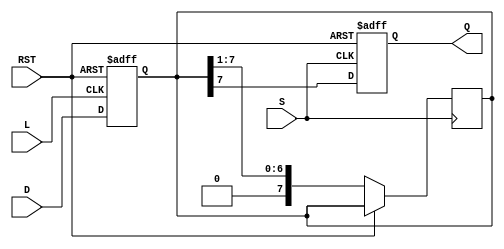
module PISO_Register #(
    parameter N = 8 // Number of bits in the register
)(
    input wire [N-1:0] D,   // Parallel data input
    input wire L,            // Load control signal
    input wire S,            // Shift control signal
    input wire RST,          // Asynchronous reset signal
    output reg Q             // Serial output
);

    reg [N-1:0] shift_reg;   // Shift register to hold the data

    always @(posedge L or posedge RST) begin
        if (RST) begin
            shift_reg <= {N{1'b0}}; // Clear the register on reset
        end else begin
            shift_reg <= D; // Load data into the shift register
        end
    end

    always @(posedge S or posedge RST) begin
        if (RST) begin
            Q <= 1'b0; // Clear the output on reset
        end else begin
            Q <= shift_reg[N-1]; // Output the MSB of the shift register
            shift_reg <= {1'b0, shift_reg[N-1:1]}; // Shift right
        end
    end

endmodule